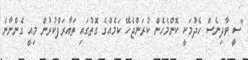
"ސީ ވާދިނެސް ހެދުމަކީ ކޮންމެހެން ކުރަންޖެހޭ ކަމެއްގެ ގޮތުގައި ތައާރަފްކުރުން މިއީ ގެންނާނެ